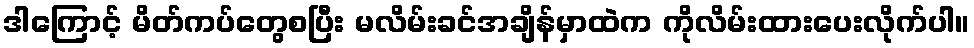
ဒါကြောင့် မိတ်ကပ်တွေစပြီး မလိမ်းခင်အချိန်မှာထဲက ကိုလိမ်းထားပေးလိုက်ပါ။